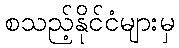
စသည့်နိုင်ငံများမှ